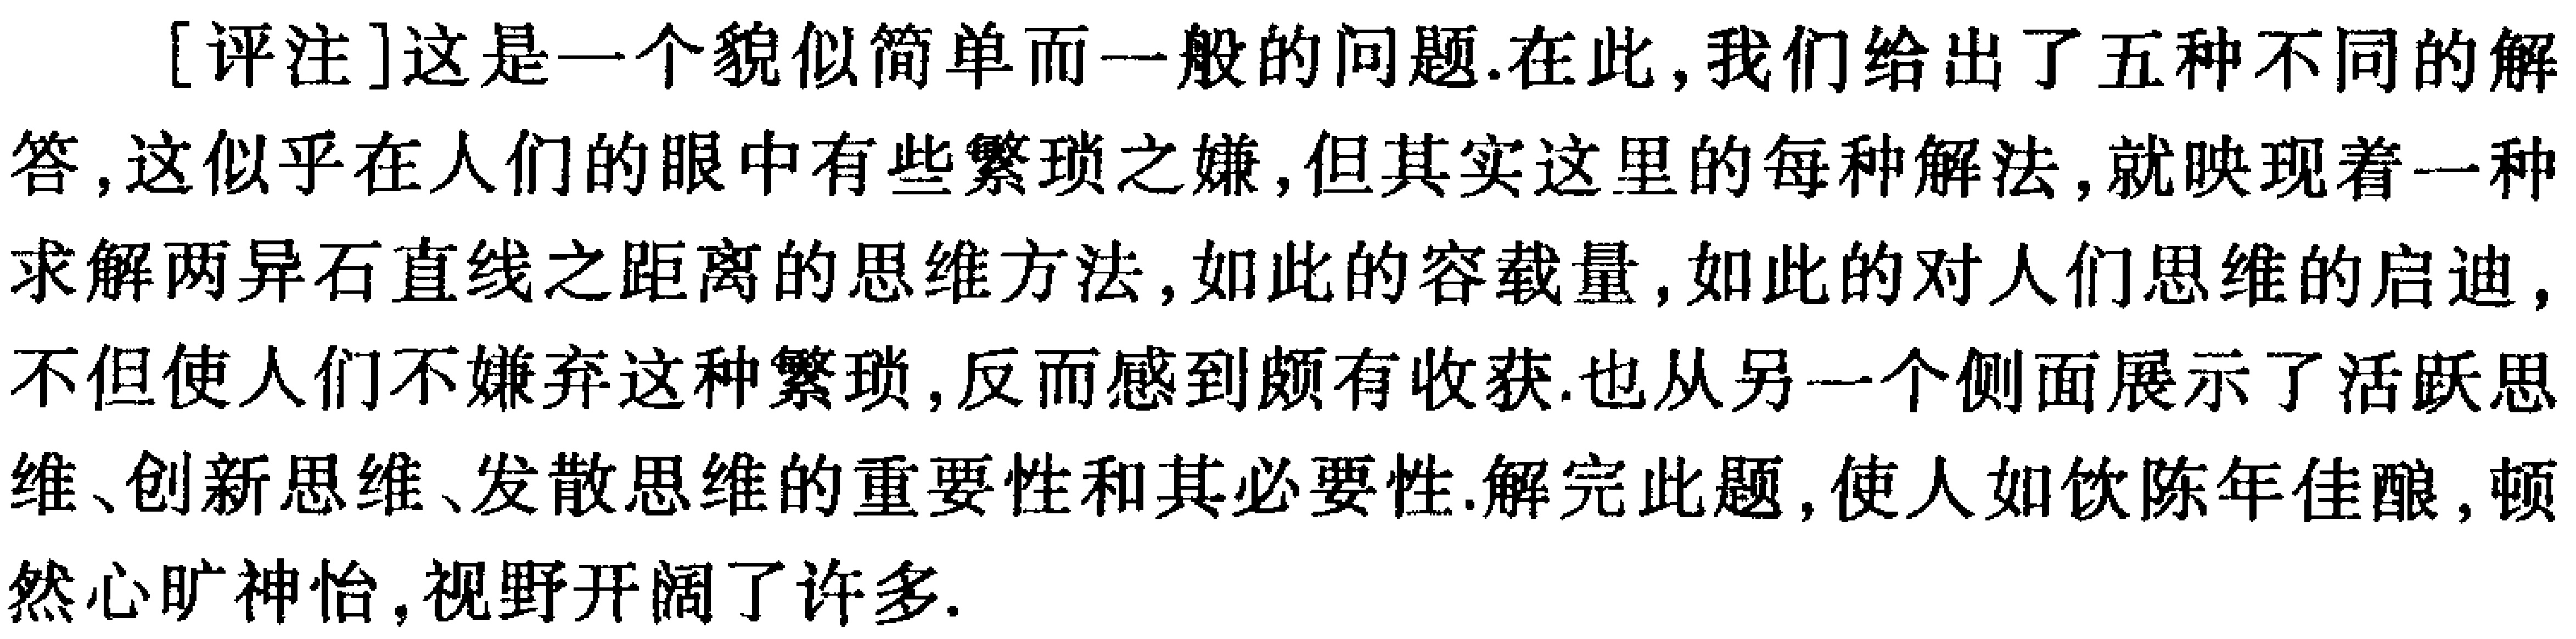
[评注]这是一个貌似简单而一般的问题.在此,我们给出了五种不同的解答,这似乎在人们的眼中有些繁琐之嫌,但其实这里的每种解法,就映现着一种求解两异石直线之距离的思维方法,如此的容载量,如此的对人们思维的启迪,不但使人们不嫌弃这种繁琐,反而感到颇有收获.也从另一个侧面展示了活跃思维、创新思维、发散思维的重要性和其必要性.解完此题,使人如饮陈年佳酿,顿然心旷神怡,视野开阔了许多.